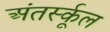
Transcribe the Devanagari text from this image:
अंतर्स्कूल